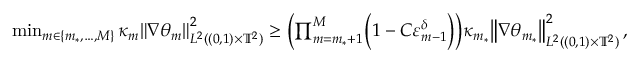
\begin{array} { r } { \operatorname* { m i n } _ { m \in \{ m _ { * } , \ldots , M \} } \kappa _ { m } \mathopen { } \mathclose \bgroup \left\| \nabla \theta _ { m } \aftergroup \egroup \right\| _ { L ^ { 2 } ( ( 0 , 1 ) \times \ensuremath { \mathbb { T } } ^ { 2 } ) } ^ { 2 } \geq \biggl ( \prod _ { m = m _ { * } + 1 } ^ { M } \Bigl ( 1 - C \varepsilon _ { m - 1 } ^ { \delta } \Bigr ) \biggr ) \kappa _ { m _ { * } } \mathopen { } \mathclose \bgroup \left\| \nabla \theta _ { m _ { * } } \aftergroup \egroup \right\| _ { L ^ { 2 } ( ( 0 , 1 ) \times \ensuremath { \mathbb { T } } ^ { 2 } ) } ^ { 2 } \, , } \end{array}